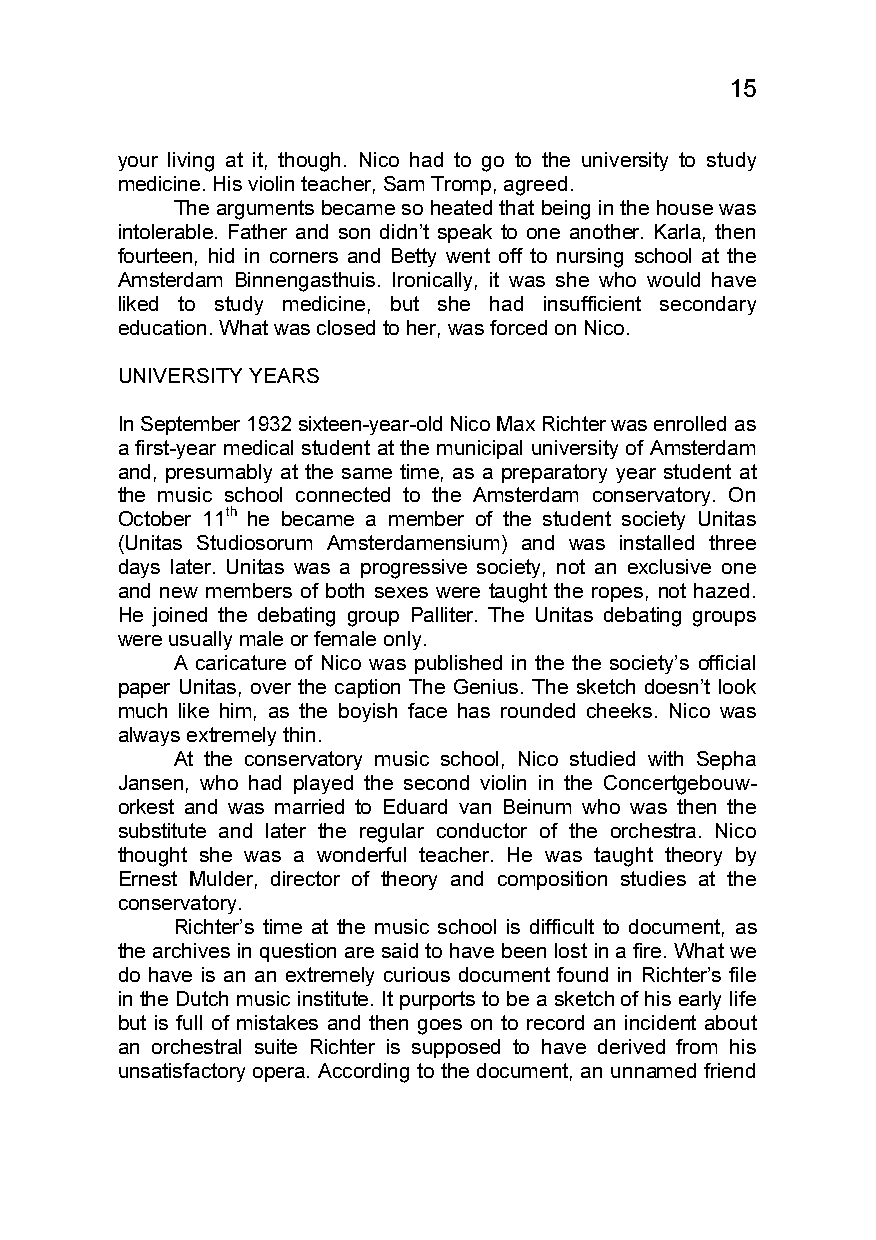
15
 your living at it, though. Nico had to go to the university to study
 medicine. His violin teacher, Sam Tromp, agreed.
 The arguments became so heated that being in the house was
 intolerable. Father and son didn’t speak to one another. Karla, then
 fourteen, hid in corners and Betty went off to nursing school at the
 Amsterdam Binnengasthuis. Ironically, it was she who would have
 liked to study medicine, but she had insufficient secondary
 education. What was closed to her, was forced on Nico.
 UNIVERSITY YEARS
 In September 1932 sixteen-year-old Nico Max Richter was enrolled as
 a first-year medical student at the municipal university of Amsterdam
 and, presumably at the same time, as a preparatory year student at
 the music school connected to the Amsterdam conservatory. On
 October 11th he became a member of the student society Unitas
 (Unitas Studiosorum Amsterdamensium) and was installed three
 days later. Unitas was a progressive society, not an exclusive one
 and new members of both sexes were taught the ropes, not hazed.
 He joined the debating group Palliter. The Unitas debating groups
 were usually male or female only.
 A caricature of Nico was published in the the society’s official
 paper Unitas, over the caption The Genius. The sketch doesn’t look
 much like him, as the boyish face has rounded cheeks. Nico was
 always extremely thin.
 At the conservatory music school, Nico studied with Sepha
 Jansen, who had played the second violin in the Concertgebouw-
 orkest and was married to Eduard van Beinum who was then the
 substitute and later the regular conductor of the orchestra. Nico
 thought she was a wonderful teacher. He was taught theory by
 Ernest Mulder, director of theory and composition studies at the
 conservatory.
 Richter’s time at the music school is difficult to document, as
 the archives in question are said to have been lost in a fire. What we
 do have is an an extremely curious document found in Richter’s file
 in the Dutch music institute. It purports to be a sketch of his early life
 but is full of mistakes and then goes on to record an incident about
 an orchestral suite Richter is supposed to have derived from his
 unsatisfactory opera. According to the document, an unnamed friend